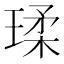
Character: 瑈